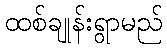
ထစ်ချုန်းရွာမည်